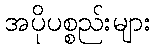
အပိုပစ္စည်းများ